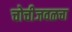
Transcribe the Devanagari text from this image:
चोचीजवळचा